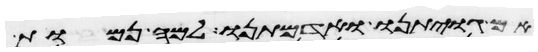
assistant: אם גויתינו ואדמתנו למה נמות